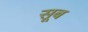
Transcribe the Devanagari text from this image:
सूब